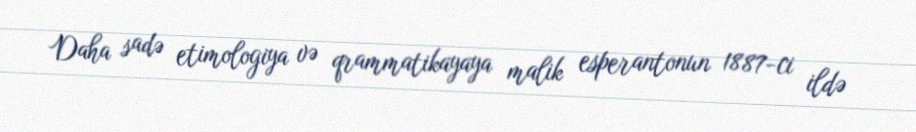
Daha sadə etimologiya və qrammatikayaya malik esperantonun 1887-ci ildə